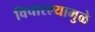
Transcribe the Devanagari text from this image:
विचारल्यामुळे